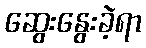
ဆွေးနွေးခဲ့ရာ